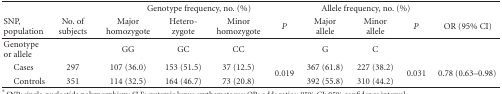
|  |  | <COLSPAN=4> Genotype frequency, no. (%) | <COLSPAN=3> Allele frequency, no. (%) |  |
 | SNP,population | No. of subjects | Major homozygote | Hetero-zygote | Minor homozygote | P | Major allele | Minor allele | P | OR (95% CI) |
 | --- | --- | --- | --- | --- | --- | --- | --- | --- | --- |
 | Genotype or allele |  | GG | GC | CC |  | G | C |  |  |
 | Cases | 297 | 107 (36.0) | 153 (51.5) | 37 (12.5) | <ROWSPAN=2> 0.019 | 367 (61.8) | 227 (38.2) | <ROWSPAN=2> 0.031 | <ROWSPAN=2> 0.78 (0.63–0.98) |
 | Controls | 351 | 114 (32.5) | 164 (46.7) | 73 (20.8) | 392 (55.8) | 310 (44.2) |